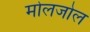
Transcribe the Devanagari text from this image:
मोलजोल